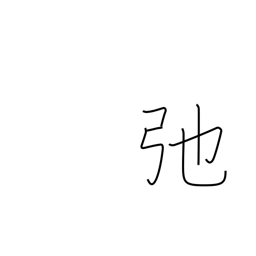
Meaning: slacken